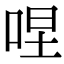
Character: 㖏